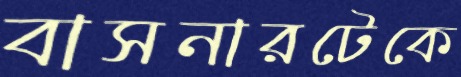
বাসনারটেকে